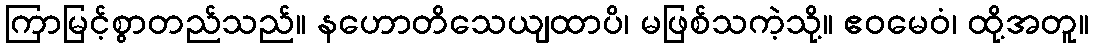
ကြာမြင့်စွာတည်သည်။ နဟောတိသေယျထာပိ၊ မဖြစ်သကဲ့သို့။ ဧဝမေဝံ၊ ထို့အတူ။